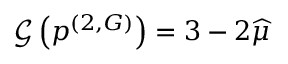
\mathcal { G } \left( \boldsymbol { p } ^ { ( 2 , G ) } \right) = 3 - 2 \widehat { \mu }